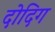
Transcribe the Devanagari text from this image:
दोदिग